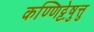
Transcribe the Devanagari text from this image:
कण्णिट्टेषु़त्तु